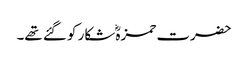
حضرت حمزہؓ شکار کو گئے تھے۔